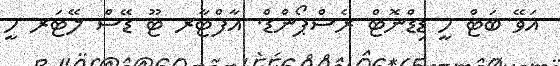
އަވޭ ބަޓް ހީ ޑިޑްނޮޓް ރެސްޕޯންޑް. އާފްޓާރ ޓޫ ޑޭސް ލޭޓަރ ހީ